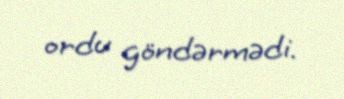
ordu göndərmədi.